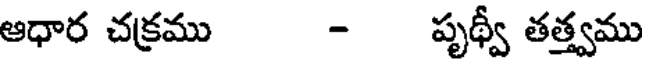
ఆధార చక్రము - పృథ్వీ తత్త్వము